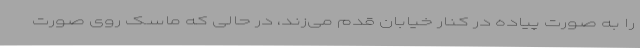
را به صورت پیاده در کنار خیابان قدم می‌زند، در حالی که ماسک روی صورت